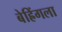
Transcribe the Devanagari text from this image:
बेह्रिंगला